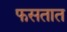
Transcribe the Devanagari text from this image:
फसतात